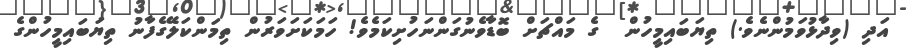
އަދި (ވިދާޅުވަމުންނެވެ.) ތިޔަބައިމީހުން  ގެ މައްޗަށް ބޮޑާވެނުގަންނަހުށިކަމެވެ! ހަމަކަށަވަރުން ތިމަންކަލޭގެފާނު ތިޔަބައިމީހުންގެ